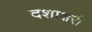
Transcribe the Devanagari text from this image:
दशाक्षरी